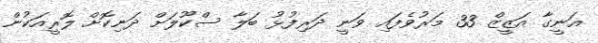
އަނީގާ އަޒީޒް 33 މަރުވެފައި ވަނީ ދަރިފުޅު ބަލާ ސްކޫލަށް ދަނިކޮށް ލޮރީއަކުން